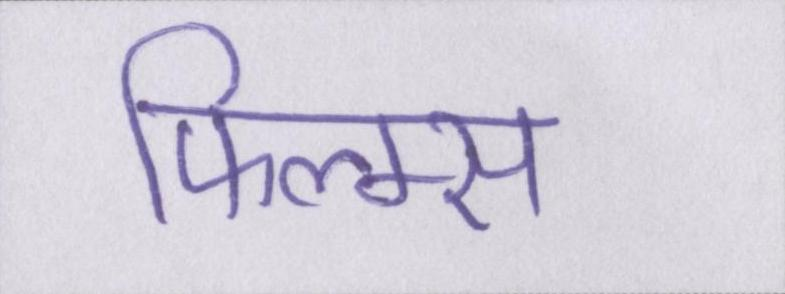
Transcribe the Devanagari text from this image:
फिल्म्स